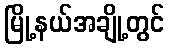
မြို့နယ်အချို့တွင်